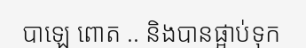
បាឡេ ពោត .. និងបានផ្អាប់ទុក